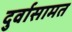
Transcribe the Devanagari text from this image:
दुर्वासामत